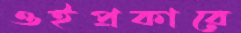
ওইপ্রকারে